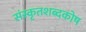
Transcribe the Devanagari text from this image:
संस्कृतशब्दकोष